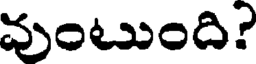
వుంటుంది?